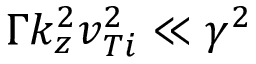
\Gamma k _ { z } ^ { 2 } v _ { T i } ^ { 2 } \ll \gamma ^ { 2 }